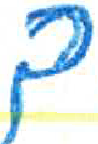
אות: ך